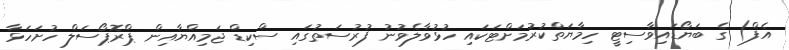
އެފް) ގެ ބަޔޯޑައިވާސިޓީ ހިމާޔަތްކުރުމަށްޓަކައި ހުޅުވާލެވުނު ފުރުސަތުގައި ސްކިޑް ޖަމިއްޔާއިން ޕްރޮޕޯސަލް ހުށަހަޅާ